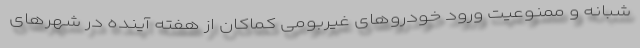
شبانه و ممنوعیت ورود خودروهای غیربومی کماکان از هفته آینده در شهرهای